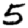
Digit: 5